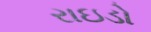
રાઇડો